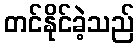
တင်နိုင်ခဲ့သည်